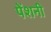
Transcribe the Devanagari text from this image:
पेंशनी